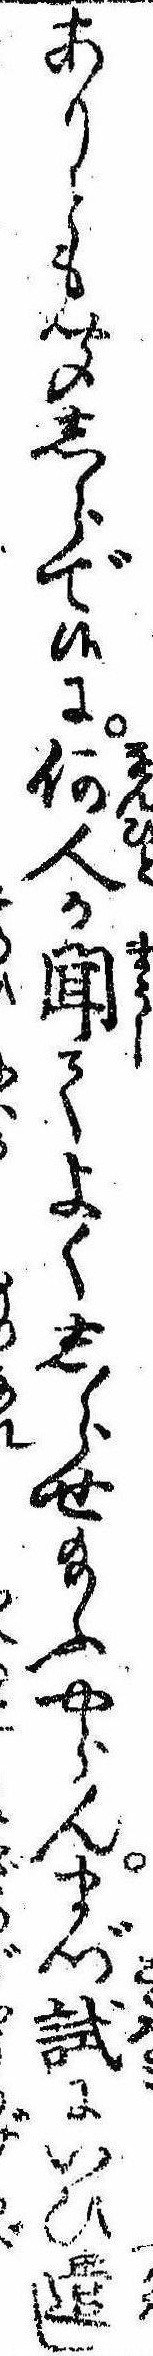
ありとも聞しらで候に何人か聞てよくしらせ給ふやらんまづ試にいひ遣し